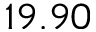
1 9 . 9 0